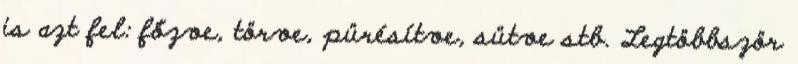
is azt fel: főzve, törve, pürésítve, sütve stb. Legtöbbször